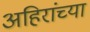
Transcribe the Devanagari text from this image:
अहिरांच्या